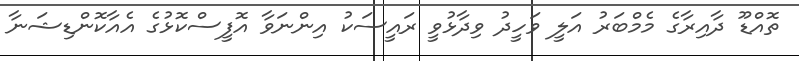
ތޮއްޑޫ ދާއިރާގެ މެމްބަރު އަލީ ވަހީދު ވިދާޅުވީ ރައީސަކު އިންނަވާ އޮފީސްކޮޅުގެ އެއާކޮންޑިޝަނާ